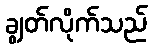
ချွတ်လိုက်သည်